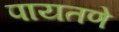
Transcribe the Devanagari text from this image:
पायतणे